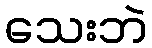
သေးဘဲ